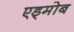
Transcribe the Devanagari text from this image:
एड्मोब